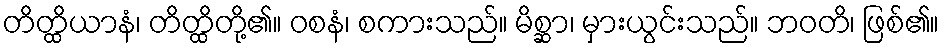
တိတ္ထိယာနံ၊ တိတ္ထိတို့၏။ ဝစနံ၊ စကားသည်။ မိစ္ဆာ၊ မှားယွင်းသည်။ ဘဝတိ၊ ဖြစ်၏။